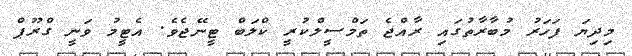
މިދިޔަ ފަހަރު މުބާރާތުގައި ރާއްޖެ ތަމްސީލްކުރީ ކްލަބް ޓީނޭޖެވެ. އެޓީމު ވަނީ ގްރޫޕް